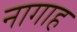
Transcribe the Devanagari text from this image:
नागाह